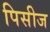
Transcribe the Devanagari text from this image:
पिसीज